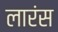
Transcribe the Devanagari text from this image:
लारंस